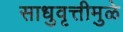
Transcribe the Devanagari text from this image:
साधुवृत्तीमुळे